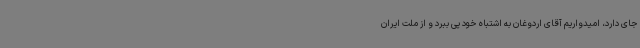
جای دارد، امیدواریم آقای اردوغان به اشتباه خود پی ببرد و از ملت ایران